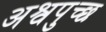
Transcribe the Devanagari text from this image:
अश्वपुच्छ